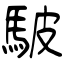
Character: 駊